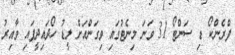
ފްރެންކޯ ޑި ސަންޓޯ 31 ވަނަ މިނެޓުގައި ވިގަންއަށް ލީޑު ހޯދައިދީފައި ވާއިރު